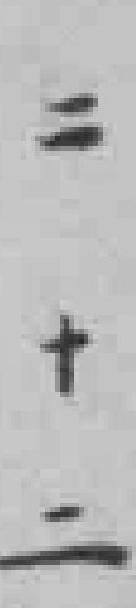
二十二